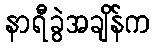
နာရီခွဲအချိန်က